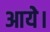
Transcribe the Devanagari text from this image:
आयेे।